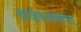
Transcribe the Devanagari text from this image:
कळंबअंब्यात